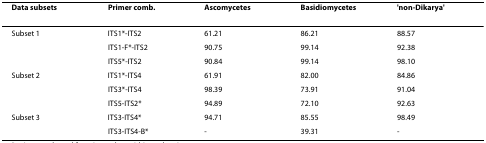
<table><thead><tr><td><b>Data subsets</b></td><td><b>Primer comb.</b></td><td><b>Ascomycetes</b></td><td><b>Basidiomycetes</b></td><td><b>&#x27;non-Dikarya&#x27;</b></td></tr></thead><tbody><tr><td>Subset 1</td><td>ITS1*-ITS2</td><td>61.21</td><td>86.21</td><td>88.57</td></tr><tr><td></td><td>ITS1-F*-ITS2</td><td>90.75</td><td>99.14</td><td>92.38</td></tr><tr><td></td><td>ITS5*-ITS2</td><td>90.84</td><td>99.14</td><td>98.10</td></tr><tr><td>Subset 2</td><td>ITS1*-ITS4</td><td>61.91</td><td>82.00</td><td>84.86</td></tr><tr><td></td><td>ITS3*-ITS4</td><td>98.39</td><td>73.91</td><td>91.04</td></tr><tr><td></td><td>ITS5-ITS2*</td><td>94.89</td><td>72.10</td><td>92.63</td></tr><tr><td>Subset 3</td><td>ITS3-ITS4*</td><td>94.71</td><td>85.55</td><td>98.49</td></tr><tr><td></td><td>ITS3-ITS4-B*</td><td>-</td><td>39.31</td><td>-</td></tr></tbody></table>